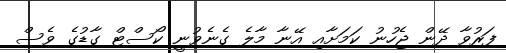
ފަރުވާ ދޭން ޖެހުނު ކަމަށާއި އޭނާ މާލެ ގެނެވުނީ ކޯސްޓް ގާޑުގެ ވެސް